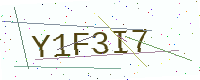
Text: Y1F3I7